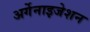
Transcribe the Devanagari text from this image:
अर्गेनाइजेशन